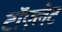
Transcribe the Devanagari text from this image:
टॉएलेट